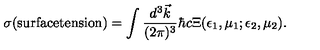
\sigma ( \mathrm { s u r f a c e t e n s i o n } ) = \int { \frac { d ^ { 3 } \vec { k } } { ( 2 \pi ) ^ { 3 } } } \hbar c \Xi ( \epsilon _ { 1 } , \mu _ { 1 } ; \epsilon _ { 2 } , \mu _ { 2 } ) .